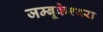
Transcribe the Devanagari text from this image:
जम्बूकेश्‍वरा